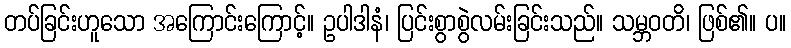
တပ်ခြင်းဟူသော အကြောင်းကြောင့်။ ဥပါဒါနံ၊ ပြင်းစွာစွဲလမ်းခြင်းသည်။ သမ္ဘဝတိ၊ ဖြစ်၏။ ပ။